Scientific memoirs by medical officers of the Army of India - Part XII,
Year: 1901
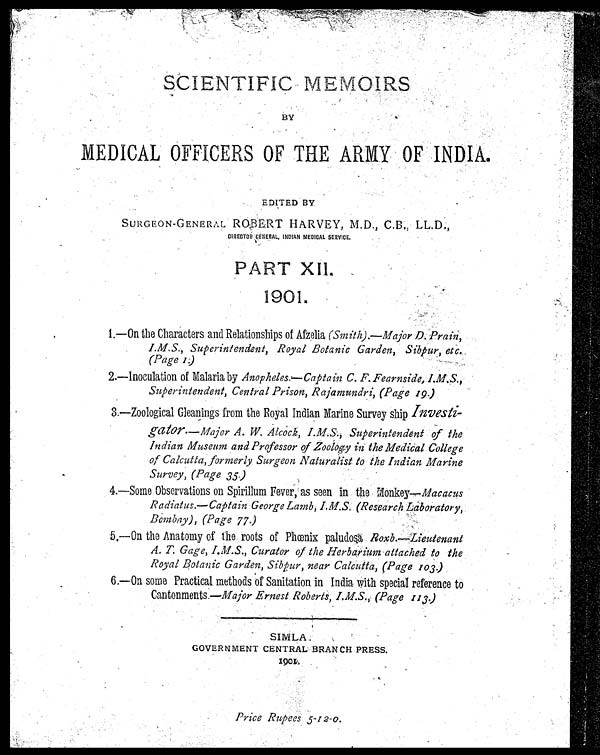
SCIENTIFIC MEMOIRS
BY
MEDICAL OFFICERS OF THE ARMY OF INDIA.
EDITED BY
SURGEON-GENERAL ROBERT HARVEY, M.D. C.B., LL.D.,
DIRECTOR GENERAL, INDIAN MEDICAL SERVICE.
PART XII.
1901.
1.—On the Characters and Relationships of Afzelia (Sm ith).—Major D. Prain,
I.M.S., Superintendent, Royal Botanic Garden, Sibpur, etc.
(Page I.)
2.—Inoculation of Malaria by Anopheles.—Captain C. F. Fearnside, I.M.S.,
Superintendent, Central Prison, Rajamundri, (Page 19.)
3.—Zoological Gleanings from the Royal Indian Marine Survey ship Investi-
gator.—Major A. W. Alcock, I.M.S., Superintendent of the
Indian Museum and Professor of Zoology in the Medical College
of Calcutta, formerly Surgeon Naturalist to the Indian Marine
Survey, (Page 35.)
4.—Some Observations on Spirillum Fever, as seen in the Monkey—Macacus
Radiatus.—Captain George Lamb, I.M.S. (Research Laboratory,
Bombay), (Page 77.)
5.—On the Anatomy of the roots of Phœnix paludosa Roxb.—Lieutenant
A. T. Gage, I.M.S., Curator of the Herbarium attached to the
Royal Botanic Garden, Sibpur, near Calcutta, (Page 103)
6.—On some Practical methods of Sanitation in India with special reference to
Cantonments.—Major Ernest Roberts, I.M.S., (Page 113.)
SIMLA.
GOVERNMENT CENTRAL BRANCH PRESS.
I901.
Price Rupees 5-12-0.